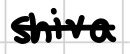
Text: Shiva.
Cross-out: mix
Writing tool: digital_black